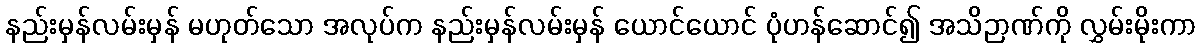
နည်းမှန်လမ်းမှန် မဟုတ်သော အလုပ်က နည်းမှန်လမ်းမှန် ယောင်ယောင် ပုံဟန်ဆောင်၍ အသိဉာဏ်ကို လွှမ်းမိုးကာ